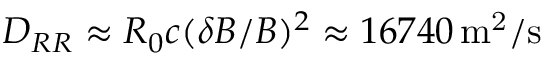
D _ { R R } \approx R _ { 0 } c ( \delta B / B ) ^ { 2 } \approx 1 6 7 4 0 \ensuremath { \, \mathrm { m ^ { 2 } / s } }